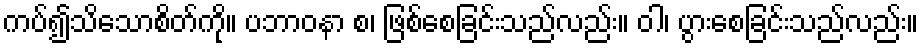
ကပ်၍သိသောစိတ်ကို။ ပဘာဝနာ စ၊ ဖြစ်စေခြင်းသည်လည်း။ ဝါ၊ ပွားစေခြင်းသည်လည်း။